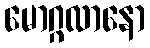
မောဂ္ဂလာနော